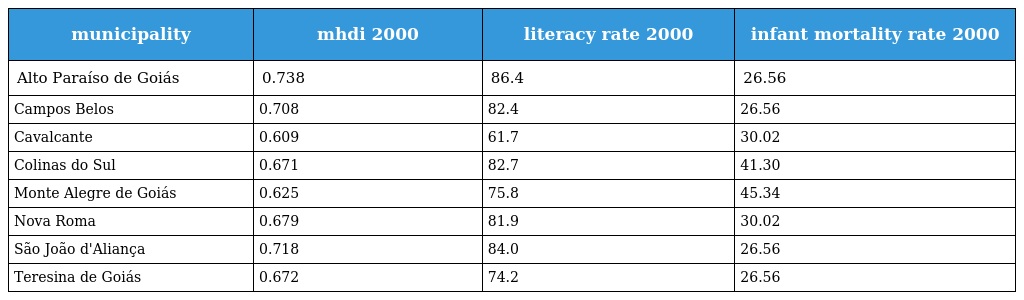
| municipality | mhdi 2000 | literacy rate 2000 | infant mortality rate 2000 |
 | --- | --- | --- | --- |
 | Alto Paraíso de Goiás | 0.738 | 86.4 | 26.56 |
 | Campos Belos | 0.708 | 82.4 | 26.56 |
 | Cavalcante | 0.609 | 61.7 | 30.02 |
 | Colinas do Sul | 0.671 | 82.7 | 41.30 |
 | Monte Alegre de Goiás | 0.625 | 75.8 | 45.34 |
 | Nova Roma | 0.679 | 81.9 | 30.02 |
 | São João d'Aliança | 0.718 | 84.0 | 26.56 |
 | Teresina de Goiás | 0.672 | 74.2 | 26.56 |